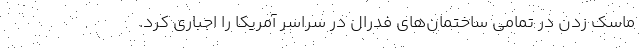
ماسک زدن در تمامی ساختمان‌های فدرال در سراسر آمریکا را اجباری کرد.